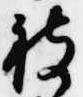
被